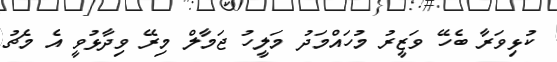
ކުޅިވަރާ ބެހޭ ވަޒީރު މުހައްމަދު މަލީހު ޖަމާލް މިރޭ ވިދާޅުވީ އެ މެޗު